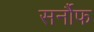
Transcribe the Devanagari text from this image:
सर्नौफ